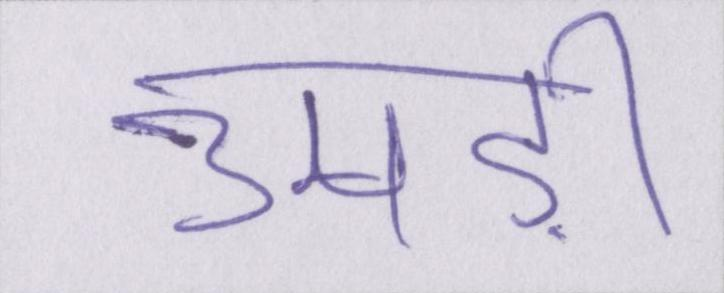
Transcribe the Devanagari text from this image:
उमड़ी